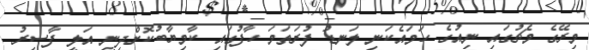
މިރޭގެ މެޗުގައި ނިއުގެ ހަމައެކަނި ލަނޑު ފުރަަތަމަ ހާފުގައި ކާމިޔާބުކޮށްދިނީ އަލީ ފާސިރު